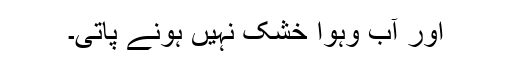
اور آب وہوا خشک نہیں ہونے پاتی۔